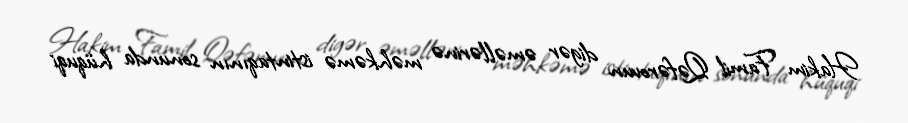
Hakim Famil Qəfərovun digər əməllərinə məhkəmə istintaqının sonunda hüquqi